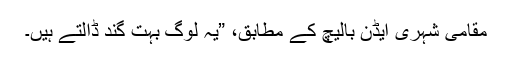
مقامی شہری ایڈن بالیچ کے مطابق، ”یہ لوگ بہت گند ڈالتے ہیں۔